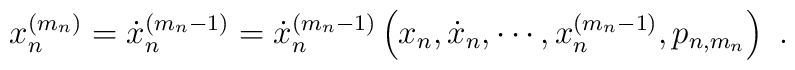
x_n^{(m_n)}=\dot{x}_n^{(m_n-1)}=\dot{x}_n^{(m_n-1)}\left(x_n,\dot{x}_n,\cdots,x_n^{(m_n-1)},p_{n,m_n}\right)\ .